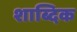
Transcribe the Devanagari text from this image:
शाब्दिक